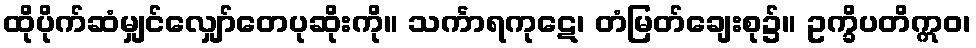
ထိုပိုက်ဆံမျှင်လျှော်တေပုဆိုးကို။ သင်္ကာရကုဋေ၊ တံမြတ်ချေးစု၌။ ဥက္ခိပတိဣဝ၊